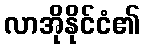
လာအိုနိုင်ငံ၏